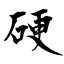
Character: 硬